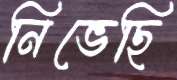
নিভেছি